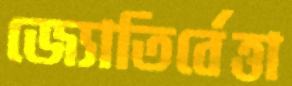
জ্যোতির্বেত্তা